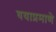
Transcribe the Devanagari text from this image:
वयाप्रमाणे